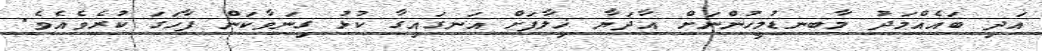
އަދި ބައެއްމަދު މާބނޑުމީހުންނަށް އާދަޔާ ޚިލާފަށް އަނގައިގާ ކުޅު ގިނަވާކަން ފާހަގަ ކުރެވެއެވެ.